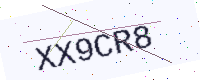
Text: XX9CR8